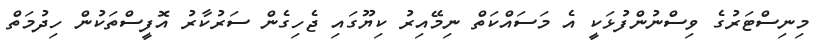
މިނިސްޓަރުގެ ވިސްނުންފުޅަކީ އެ މަސައްކަތް ނިމޭއިރު ކިޔޫގައި ޖެހިގެން ސަރުކާރު އޮފީސްތަކުން ހިދުމަތް